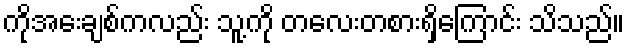
ကိုအေးချစ်ကလည်း သူ့ကို တလေးတစားရှိကြောင်း သိသည်။